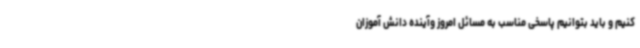
کنیم و باید بتوانیم پاسخی مناسب به مسائل امروز وآینده دانش آموزان